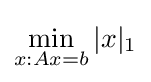
\min _{x:Ax=b}|x|_{1}